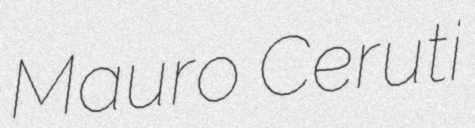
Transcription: Mauro Ceruti